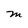
Character: M